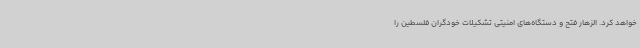
خواهد کرد. الزهار فتح و دستگاه‌های امنیتی تشکیلات خودگران فلسطین را